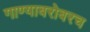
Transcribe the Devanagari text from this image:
गाण्याबरोबरच